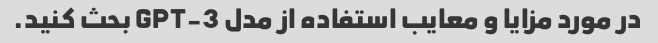
در مورد مزایا و معایب استفاده از مدل GPT-3 بحث کنید.